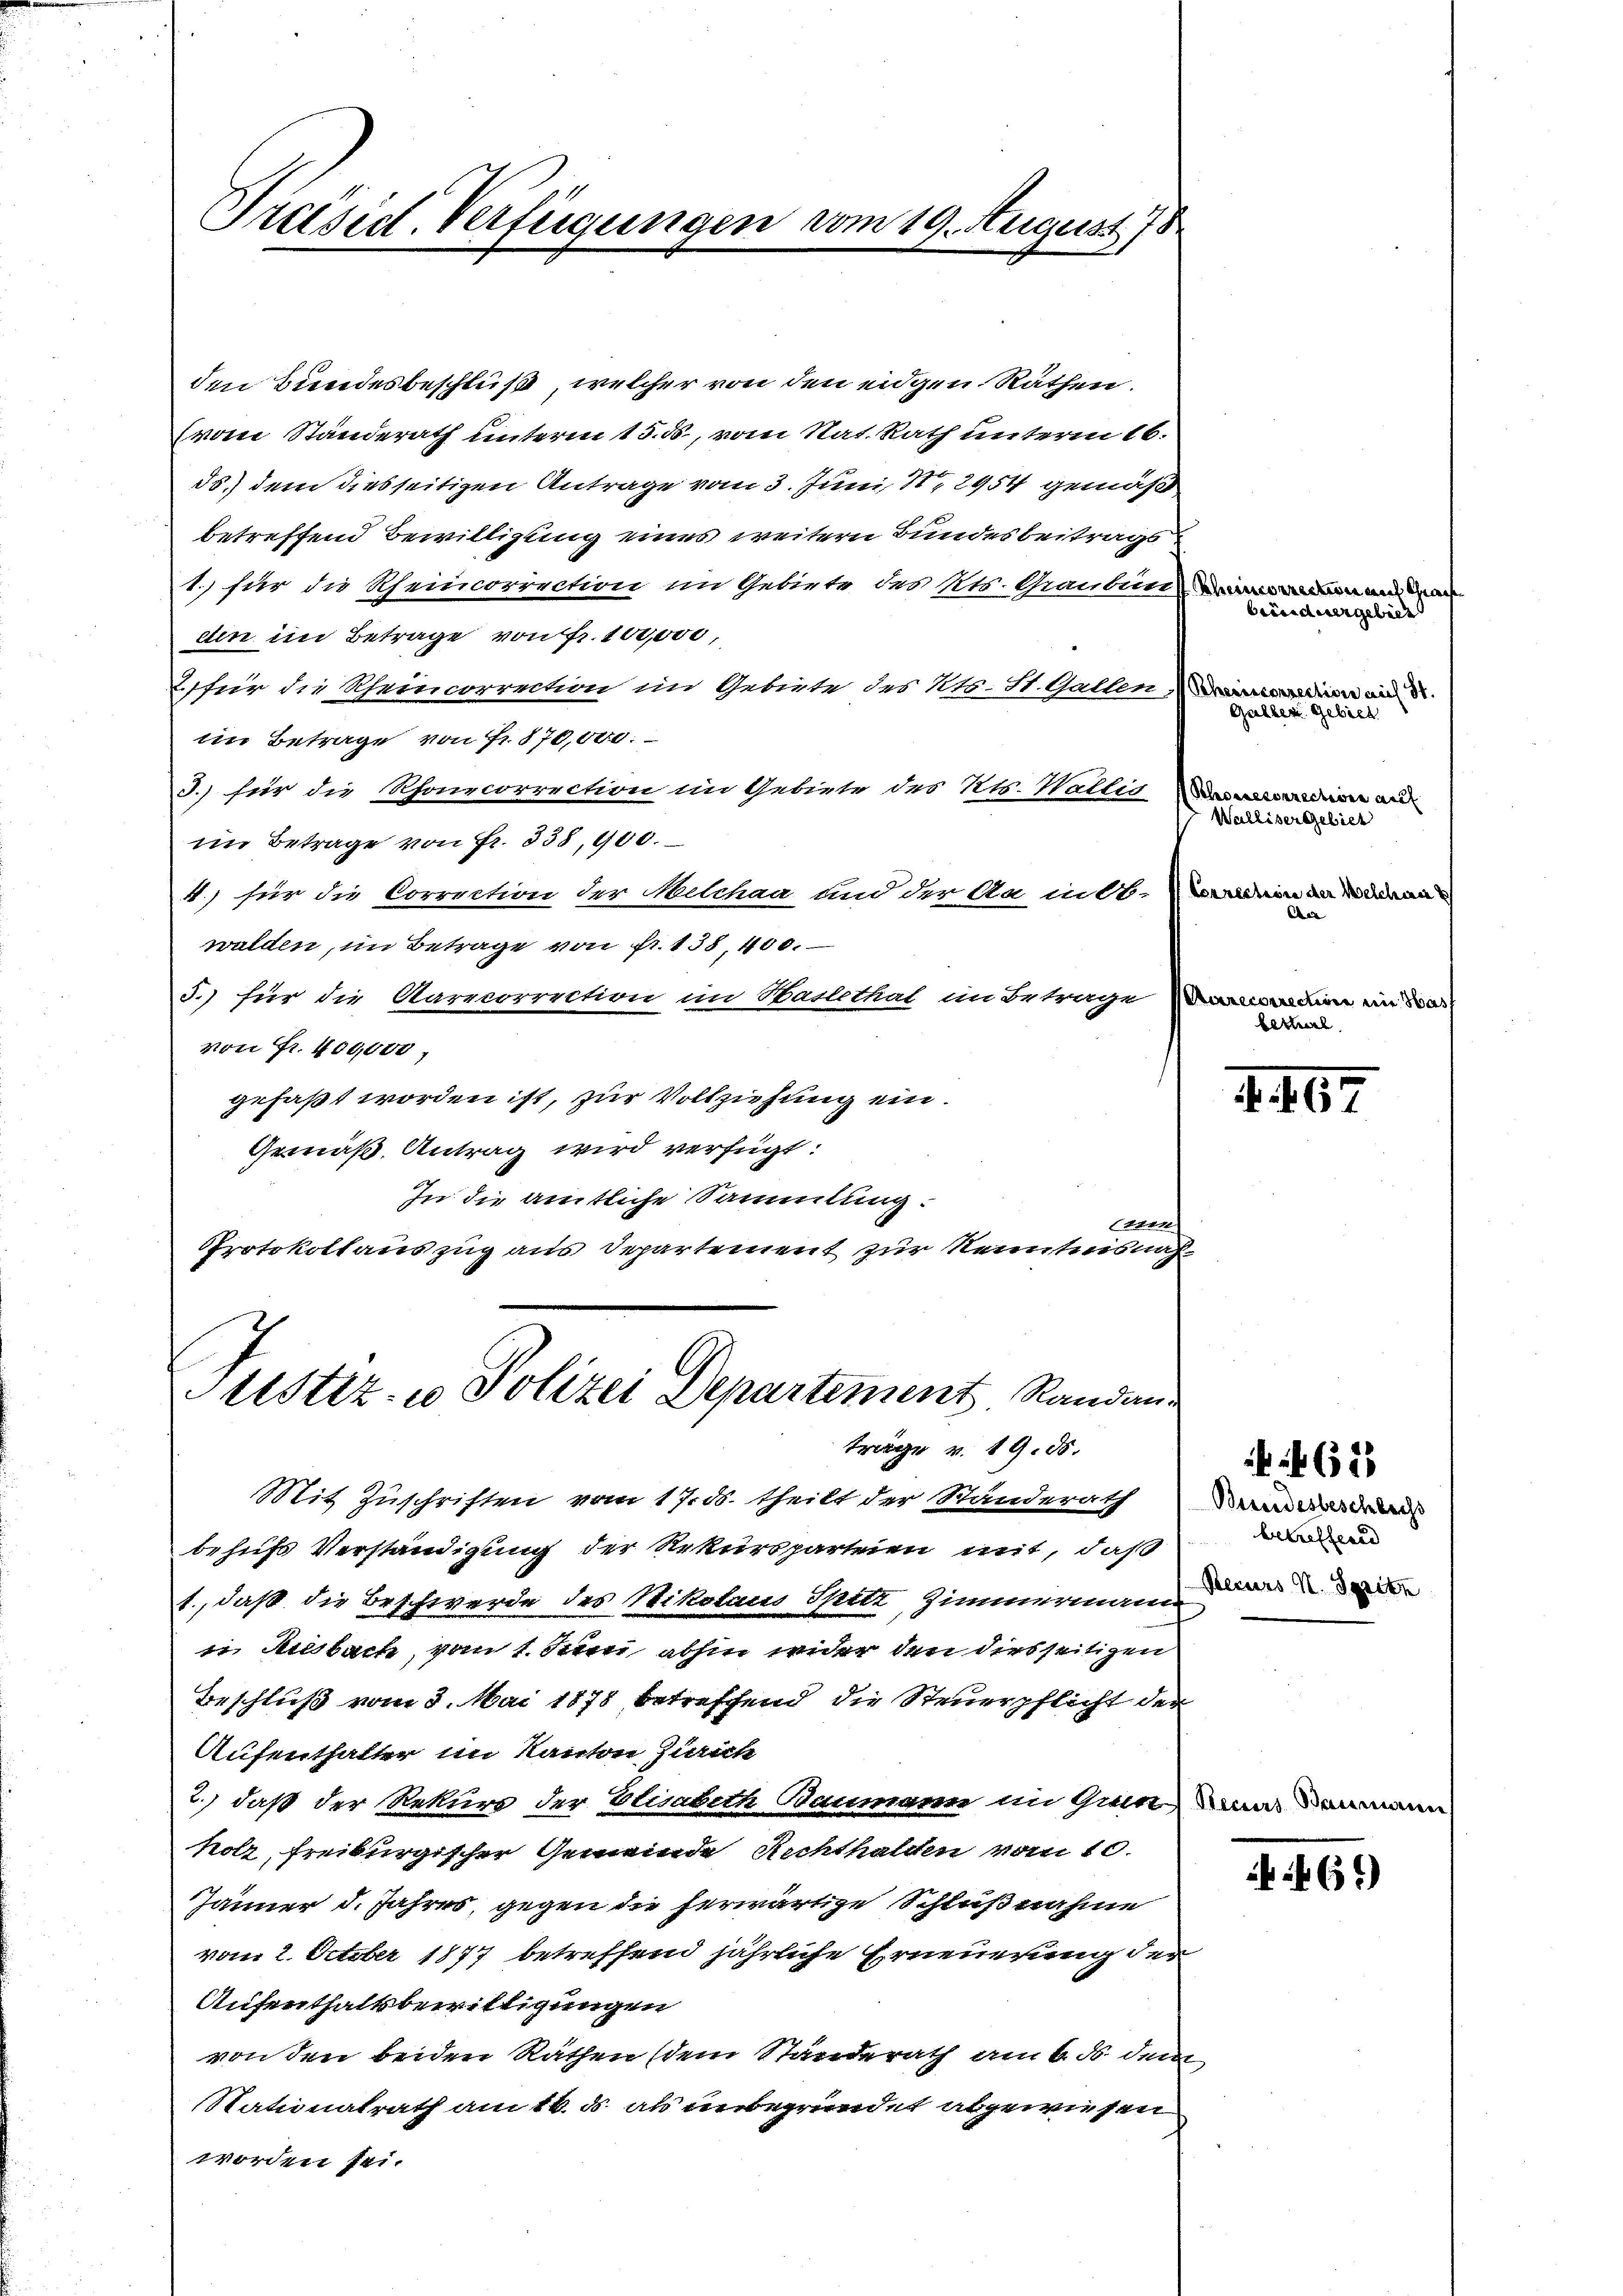
Praesect. Verfügungen vom 19. August 178

den Bundesbeschluß, welcher von den eidgen Räthen.
(vom Standerath unterm 15. ds., vom Nat. Rath unterm 16.
ds.) dem diesseitigen Antrage vom 3. Juni, S. 2954 gemäß
betreffend Bewilligung eines weitern Bundesbeitrags
1.) für die Rheincorrection im Gebiete des Kts. Graubenann
din im Betrage von Fr. 100,000,
für die Scheincorrection im Gebiete des Kts. St. Gallen-Aerarien an Sr.
im Betrage von Fr. 870,000.
J.) für die Rhonecorrection im Gebiete des Kts. Wallis
im Betrage von Fr. 338, 900.
4.) für die Correction der Melchaa und der Aa in 11. dein an den
walden, im Betrage von Fr. 138, 400.
5.) für die Aarecorrection im Haslethat im Betrage
von Fr. 400,000
gefaßt worden ist, zur Vollziehung ein.
Gemäß Antrag wird verfügt:
In die amtliche Sammlung.
e
Protokollauszug aus Departement zur Kenntnisnah¬

behufs Verständigung der Rekursparteien mit, daß
1., daß die Beschwerde des Nikolaus Spitt, Zimmermann
i Ausbach, vom 1. Juni abhin wider den diesseitigen
Beschluß vom 3. Mai 1878 betreffend die Steuerpflicht der
Aufenthalter im Kanton Zürich
2.) daß der Rekurs der Elisabeth Baumann im Gemeindammann
holz, freiburgischer Gemeinde Richthalten vom 10.
Jänner d. Jahres, gegen die herwärtige Schlußnahme
vom 2. October 1877 betreffend jährliche Erneuerung der
Aufenthaltsbewilligungen
von den beiden Räthen (dein Standerath am 6. d. dem
Satinatrath am 16. ds ab unbegründet abgewiesen
worden sei.

testiz- u Polizei Departement Randan
träge v. 19. ds.
Mit Zuschriften vom 17. ds. theilt der Standerath Dann dr

biinduergebiet
Gallen Gebiet
Schossesenrechen auf
Walliser Gebiet
Ar
Aarecorrection ein Har
beral

I. 167

betreffend
Recurs N. Spritz

652.

4461)